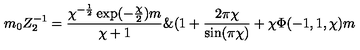
m _ { 0 } Z _ { 2 } ^ { - 1 } = \frac { \chi ^ { - \frac { 1 } { 2 } } \exp ( - \frac { \chi } { 2 } ) m } { \chi + 1 } \& ( 1 + \frac { 2 \pi \chi } { \sin ( \pi \chi ) } + \chi \Phi ( - 1 , 1 , \chi ) m